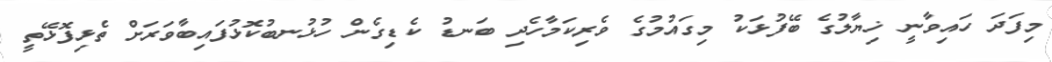
މިފަދަ ހައިވާނީ ޚިޔާލުގެ ބޭފުޅަކު މިގައުމުގެ ވެރިކަމާހެދި ބަނޑު ކެޑިގެން ހުޅުނބުކޮޅުފައިބާވަރަށް ތެޅިފޮޅޭތީ